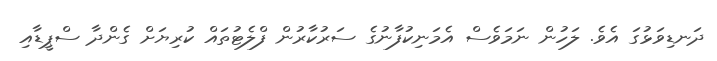
ދަނޑިވަޅުގަ އެވެ. ލަހުން ނަމަވެސް އެމަނިކުފާނުގެ ސަރުކާރުން ފްލެޓުތައް ކުރިޔަށް ގެންދާ ސްޕީޑާއި